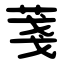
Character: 菚